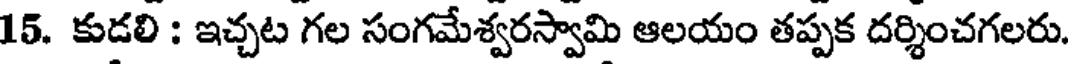
15. కుడలి : ఇచ్చట గల సంగమేశ్వరస్వామి ఆలయం తప్పక దర్శించగలరు